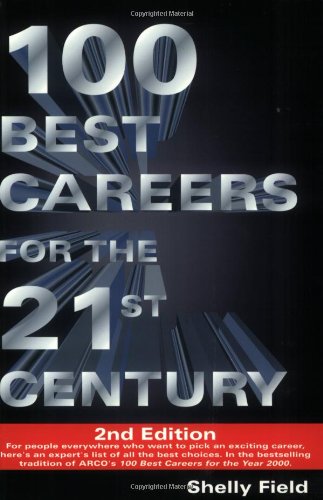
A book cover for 100 Best Careers for the 21st Century, 2nd  edition; Shelly Field; Business & Money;